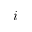
i